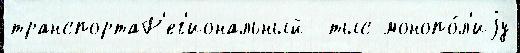
транспортаР'ег'иональный  тыс монопо́л'иjу